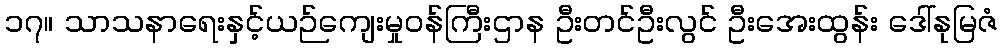
၁၇။ သာသနာရေးနှင့်ယဉ်ကျေးမှုဝန်ကြီးဌာန ဦးတင်ဦးလွင် ဦးအေးထွန်း ဒေါ်နုမြဇံ